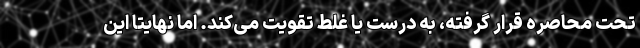
تحت محاصره قرار گرفته، به درست یا غلط تقویت می‌کند. اما نهایتا این